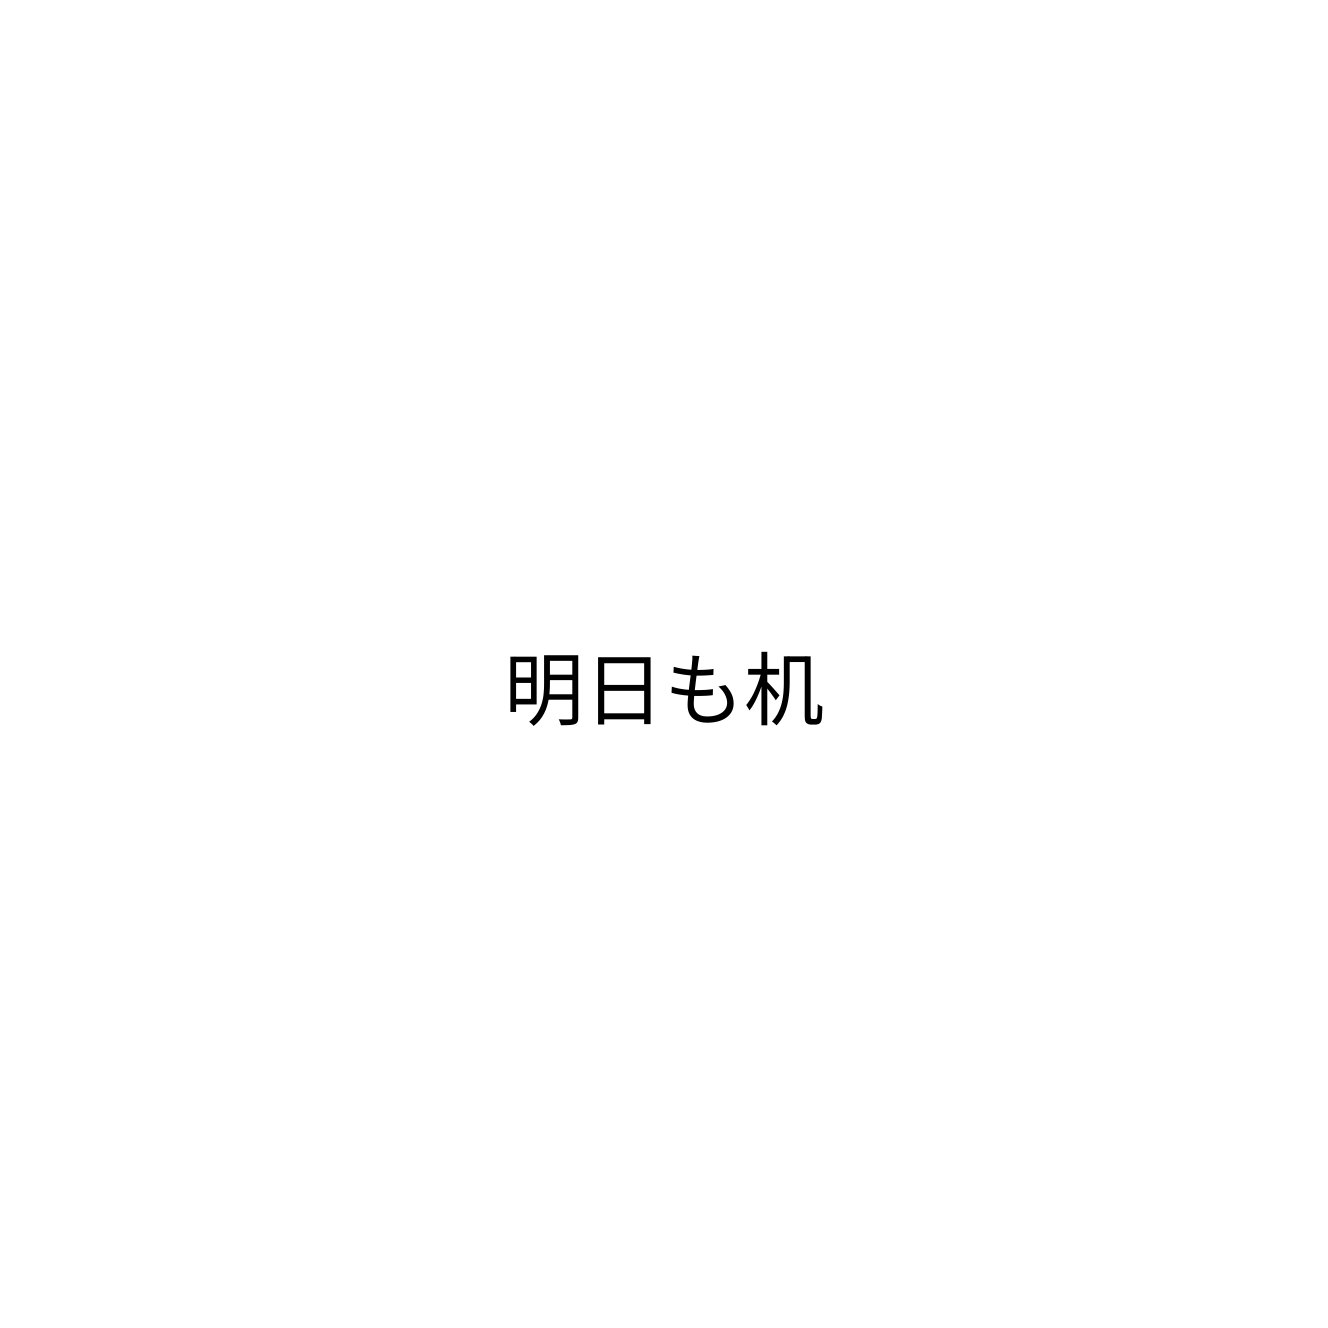
明日も机